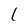
Character: l